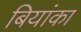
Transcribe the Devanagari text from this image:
बियांका